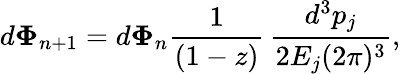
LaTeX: d{\mathbf\Phi}_{n+1}=d{\mathbf\Phi}_{n}\frac 1{(1-z)}\, \frac{d^{3}p_{j}}{2E_{j}(2\pi)^{3}},